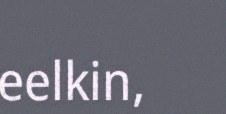
eelkin,